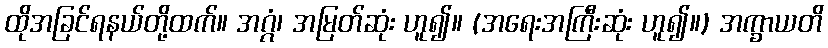
ထိုအခြင်ရနယ်တို့ထက်။ အဂ္ဂံ၊ အမြတ်ဆုံး ဟူ၍။ (အရေးအကြီးဆုံး ဟူ၍။) အက္ခာယတိ